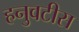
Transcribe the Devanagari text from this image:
हनुवटीस